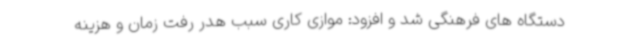
دستگاه های فرهنگی شد و افزود: موازی کاری سبب هدر رفت زمان و هزینه